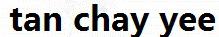
TAN CHAY YEE